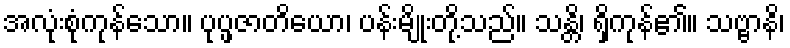
အလုံးစုံကုန်သော။ ပုပ္ဖဇာတိယော၊ ပန်းမျိုးတို့သည်။ သန္တိ၊ ရှိကုန်၏။ သဗ္ဗာနိ၊